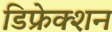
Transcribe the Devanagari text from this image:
डिफ्रेक्शन